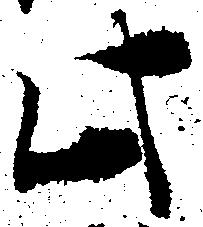
此